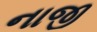
નાજી